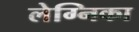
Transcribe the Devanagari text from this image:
लेग्निका